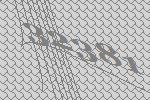
32381